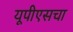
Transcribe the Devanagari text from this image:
यूपीएसचा